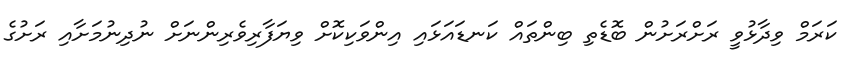
ކަރަމް ވިދާޅުވީ ރަށްރަށުން ބޮޑެތި ބިންތައް ކަނޑައަޅައި އިންވަކިކޮށް ވިޔަފާރިވެރިންނަށް ނުދިނުމަށާއި ރަށުގެ